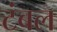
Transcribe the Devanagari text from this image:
टंबल